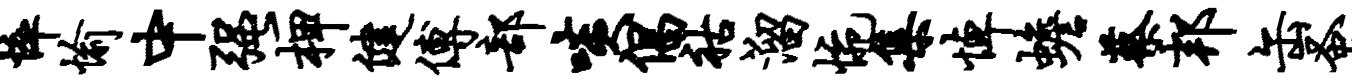
悴愉中强柙健傅部啖倡祜溜惋集悼蟾蔡邦缶蚤